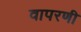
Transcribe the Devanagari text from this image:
वापरणी